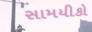
સામયીકો